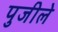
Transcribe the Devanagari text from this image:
पुजीले